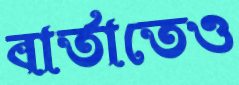
বার্তাতেও